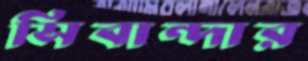
সিবান্দার